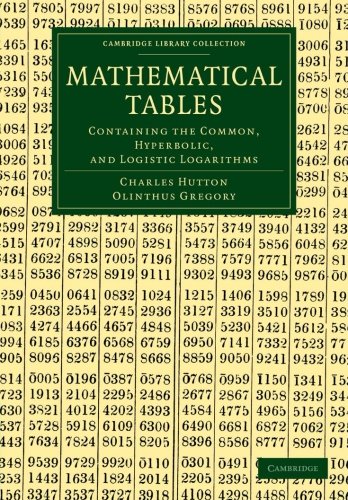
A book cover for Mathematical Tables: Containing the Common, Hyperbolic, and Logistic Logarithms (Cambridge Library Collection - Mathematics); Charles Hutton; Medical Books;